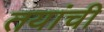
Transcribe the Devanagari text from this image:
तयांची